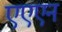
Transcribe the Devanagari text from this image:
एएएन